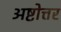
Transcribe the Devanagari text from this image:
अष्टोत्तर